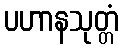
ပဟာနသုတ္တံ